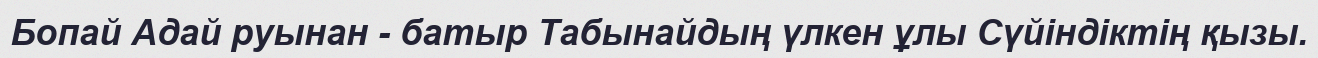
Бопай Адай руынан - батыр Табынайдың үлкен ұлы Сүйіндіктің қызы.